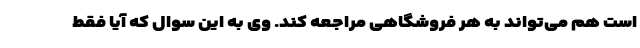
است هم می‌تواند به هر فروشگاهی مراجعه کند. وی به این سوال که آیا فقط